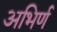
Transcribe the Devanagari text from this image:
अभिर्ण